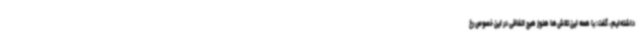
داشته‌ایم، گفت: با همه این تلاش‌ها هنوز هیچ اتفاقی در این خصوص رخ